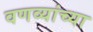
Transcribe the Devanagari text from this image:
वणव्यांच्या